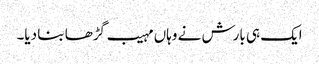
ایک ہی بارش نے وہاں مہیب گڑھا بنا دیا۔